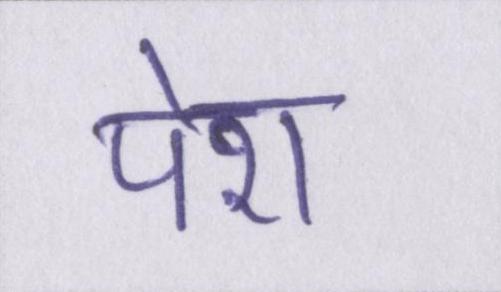
पेश